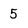
Character: 5